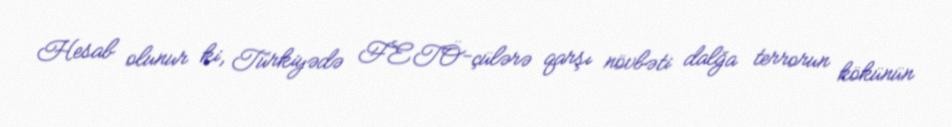
Hesab olunur ki, Türkiyədə FETÖ-çülərə qarşı növbəti dalğa terrorun kökünün